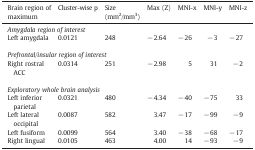
| Brain region of maximum | Cluster-wise p | Size (mm2/mm3) | Max (Z) | MNI-x | MNI-y | MNI-z |
 | --- | --- | --- | --- | --- | --- | --- |
 | <COLSPAN=7> Amygdala region of interest |
 | Left amygdala | 0.0121 | 248 | − 2.64 | − 26 | − 3 | − 27 |
 | <COLSPAN=7>  |
 | <COLSPAN=7> Prefrontal/insular region of interest |
 | Right rostral ACC | 0.0314 | 251 | − 2.98 | 5 | 31 | − 2 |
 | <COLSPAN=7>  |
 | <COLSPAN=7> Exploratory whole brain analysis |
 | Left inferior parietal | 0.0321 | 480 | − 4.34 | − 40 | − 75 | 33 |
 | Left lateral occipital | 0.0087 | 582 | 3.47 | − 17 | − 99 | − 9 |
 | Left fusiform | 0.0099 | 564 | 3.40 | − 38 | − 68 | − 17 |
 | Right lingual | 0.0105 | 463 | 4.00 | 14 | − 93 | − 9 |